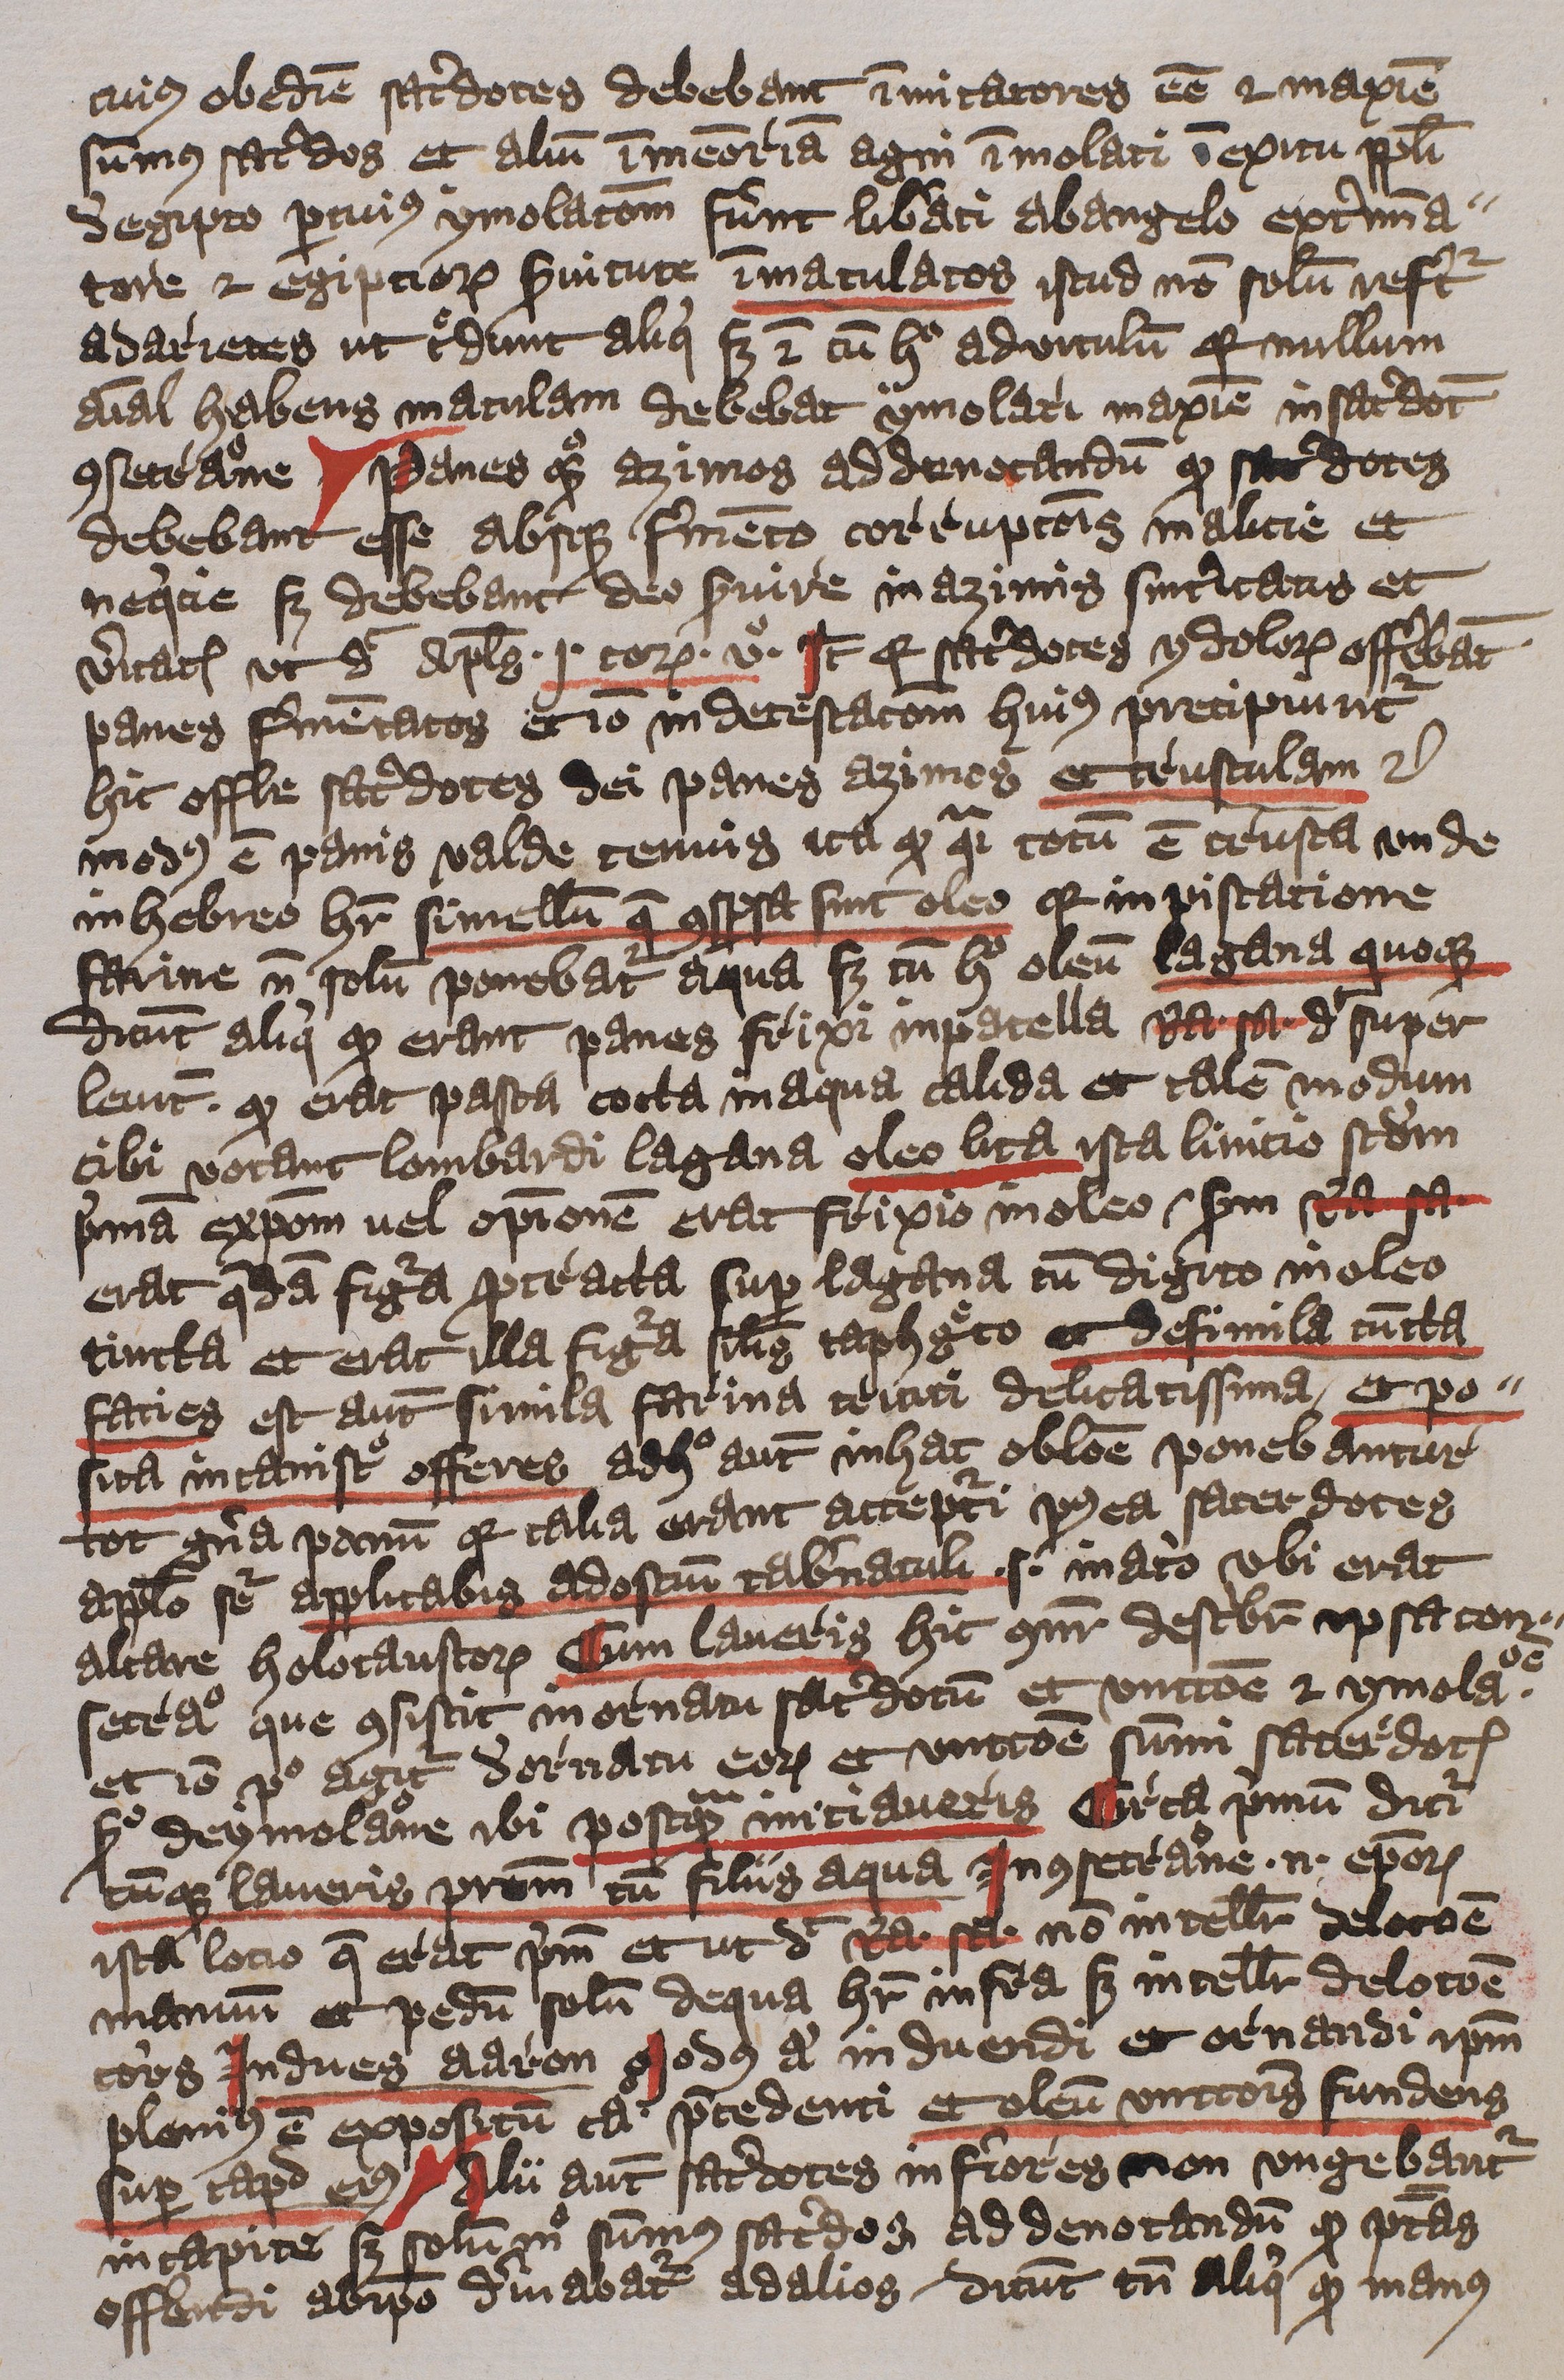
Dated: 1396–1396